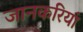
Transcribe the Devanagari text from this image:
जानकरियां